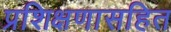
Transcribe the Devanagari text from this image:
प्रशिक्षणासहित